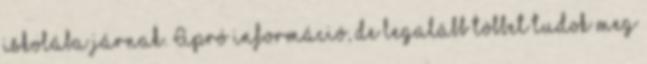
iskolába járnak. Apró információ, de legalább többet tudok meg